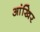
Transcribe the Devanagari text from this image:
आंखिर